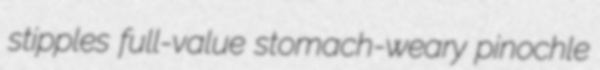
stipples full-value stomach-weary pinochle